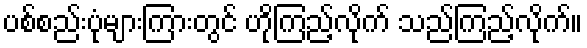
ပစ်စည်းပုံများကြားတွင် ဟိုကြည့်လိုက် သည်ကြည့်လိုက်။